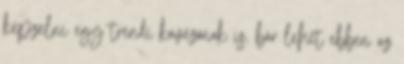
képzelni egy trendi kávézónak is, bár lehet ebben az